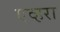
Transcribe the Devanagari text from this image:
एव्हरा